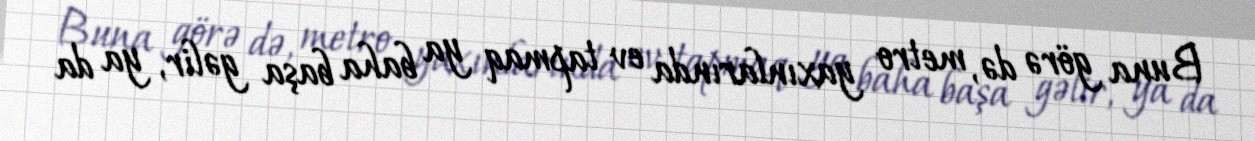
Buna görə də, metro yaxınlarında ev tapmaq ya baha başa gəlir, ya da